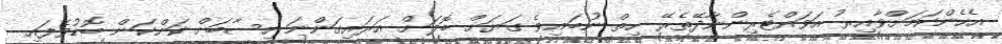
އެހެންކަމަށްވާއިރު އަވައްޓެރިންނާދޭތެރޭ ހިތް ނުބައިވެ ގަޔަށް ބޮލަށް އަރައިގަންނަ ހިސާބަށް ކަންކަން ބޮޑުވެފައި